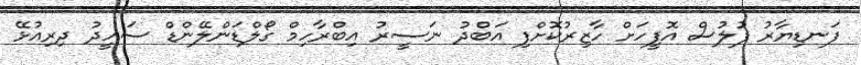
ފަނޑިޔާރު ފުލުސް އޮފީހަށް ހާޒިރުކޮށްފި އަބްދު ނަސީރު އިބްރާހިމް ގޯލްޑަންލޭންޑް ސައީދު ދިރިއުޅޭ